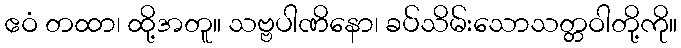
ဧဝံ တထာ၊ ထို့အတူ။ သဗ္ဗပါဏိနော၊ ခပ်သိမ်းသောသတ္တဝါတို့ကို။